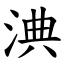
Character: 淟